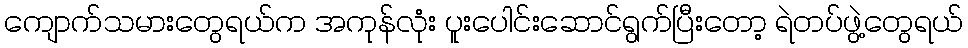
ကျောက်သမားတွေရယ်က အကုန်လုံး ပူးပေါင်းဆောင်ရွက်ပြီးတော့ ရဲတပ်ဖွဲ့တွေရယ်